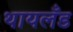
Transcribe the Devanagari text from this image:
थायलँड